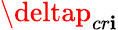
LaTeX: \deltap_{cr\mathbf{i}}